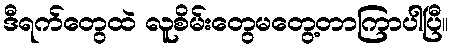
ဒီရက်တွေထဲ လူစိမ်းတွေမတွေ့တာကြာပါပြီ။